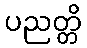
ပညတ္တိ